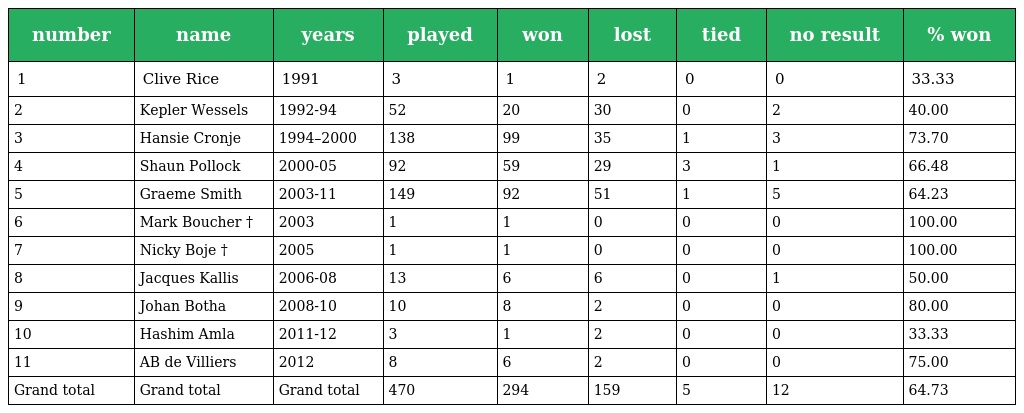
| number | name | years | played | won | lost | tied | no result | % won |
 | --- | --- | --- | --- | --- | --- | --- | --- | --- |
 | 1 | Clive Rice | 1991 | 3 | 1 | 2 | 0 | 0 | 33.33 |
 | 2 | Kepler Wessels | 1992-94 | 52 | 20 | 30 | 0 | 2 | 40.00 |
 | 3 | Hansie Cronje | 1994–2000 | 138 | 99 | 35 | 1 | 3 | 73.70 |
 | 4 | Shaun Pollock | 2000-05 | 92 | 59 | 29 | 3 | 1 | 66.48 |
 | 5 | Graeme Smith | 2003-11 | 149 | 92 | 51 | 1 | 5 | 64.23 |
 | 6 | Mark Boucher † | 2003 | 1 | 1 | 0 | 0 | 0 | 100.00 |
 | 7 | Nicky Boje † | 2005 | 1 | 1 | 0 | 0 | 0 | 100.00 |
 | 8 | Jacques Kallis | 2006-08 | 13 | 6 | 6 | 0 | 1 | 50.00 |
 | 9 | Johan Botha | 2008-10 | 10 | 8 | 2 | 0 | 0 | 80.00 |
 | 10 | Hashim Amla | 2011-12 | 3 | 1 | 2 | 0 | 0 | 33.33 |
 | 11 | AB de Villiers | 2012 | 8 | 6 | 2 | 0 | 0 | 75.00 |
 | Grand total | Grand total | Grand total | 470 | 294 | 159 | 5 | 12 | 64.73 |